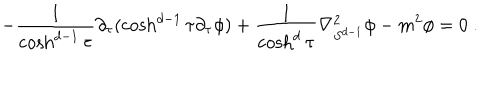
- \frac { 1 } { \cosh ^ { d - 1 } \tau } \partial _ { \tau } ( \cosh ^ { d - 1 } \tau \partial _ { \tau } \phi ) + \frac { 1 } { \cosh ^ { d } \tau } \nabla _ { S ^ { d - 1 } } ^ { 2 } \phi - m ^ { 2 } \phi = 0 \ .